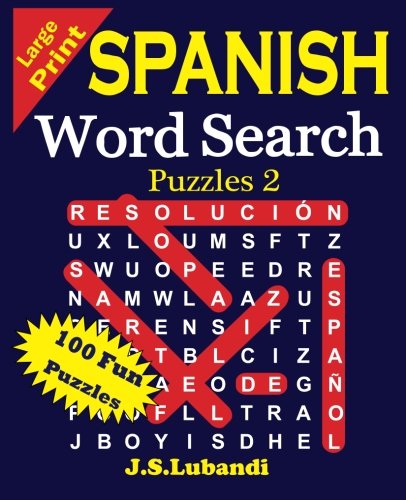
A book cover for Large Print Spanish Word Search Puzzles 2 (Volume 2) (Spanish Edition); J S Lubandi; Humor & Entertainment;